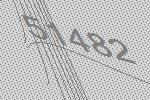
51482